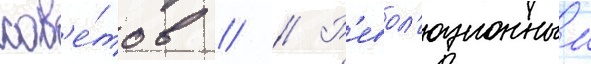
сов'е́тов // // Р'евол'юционныи